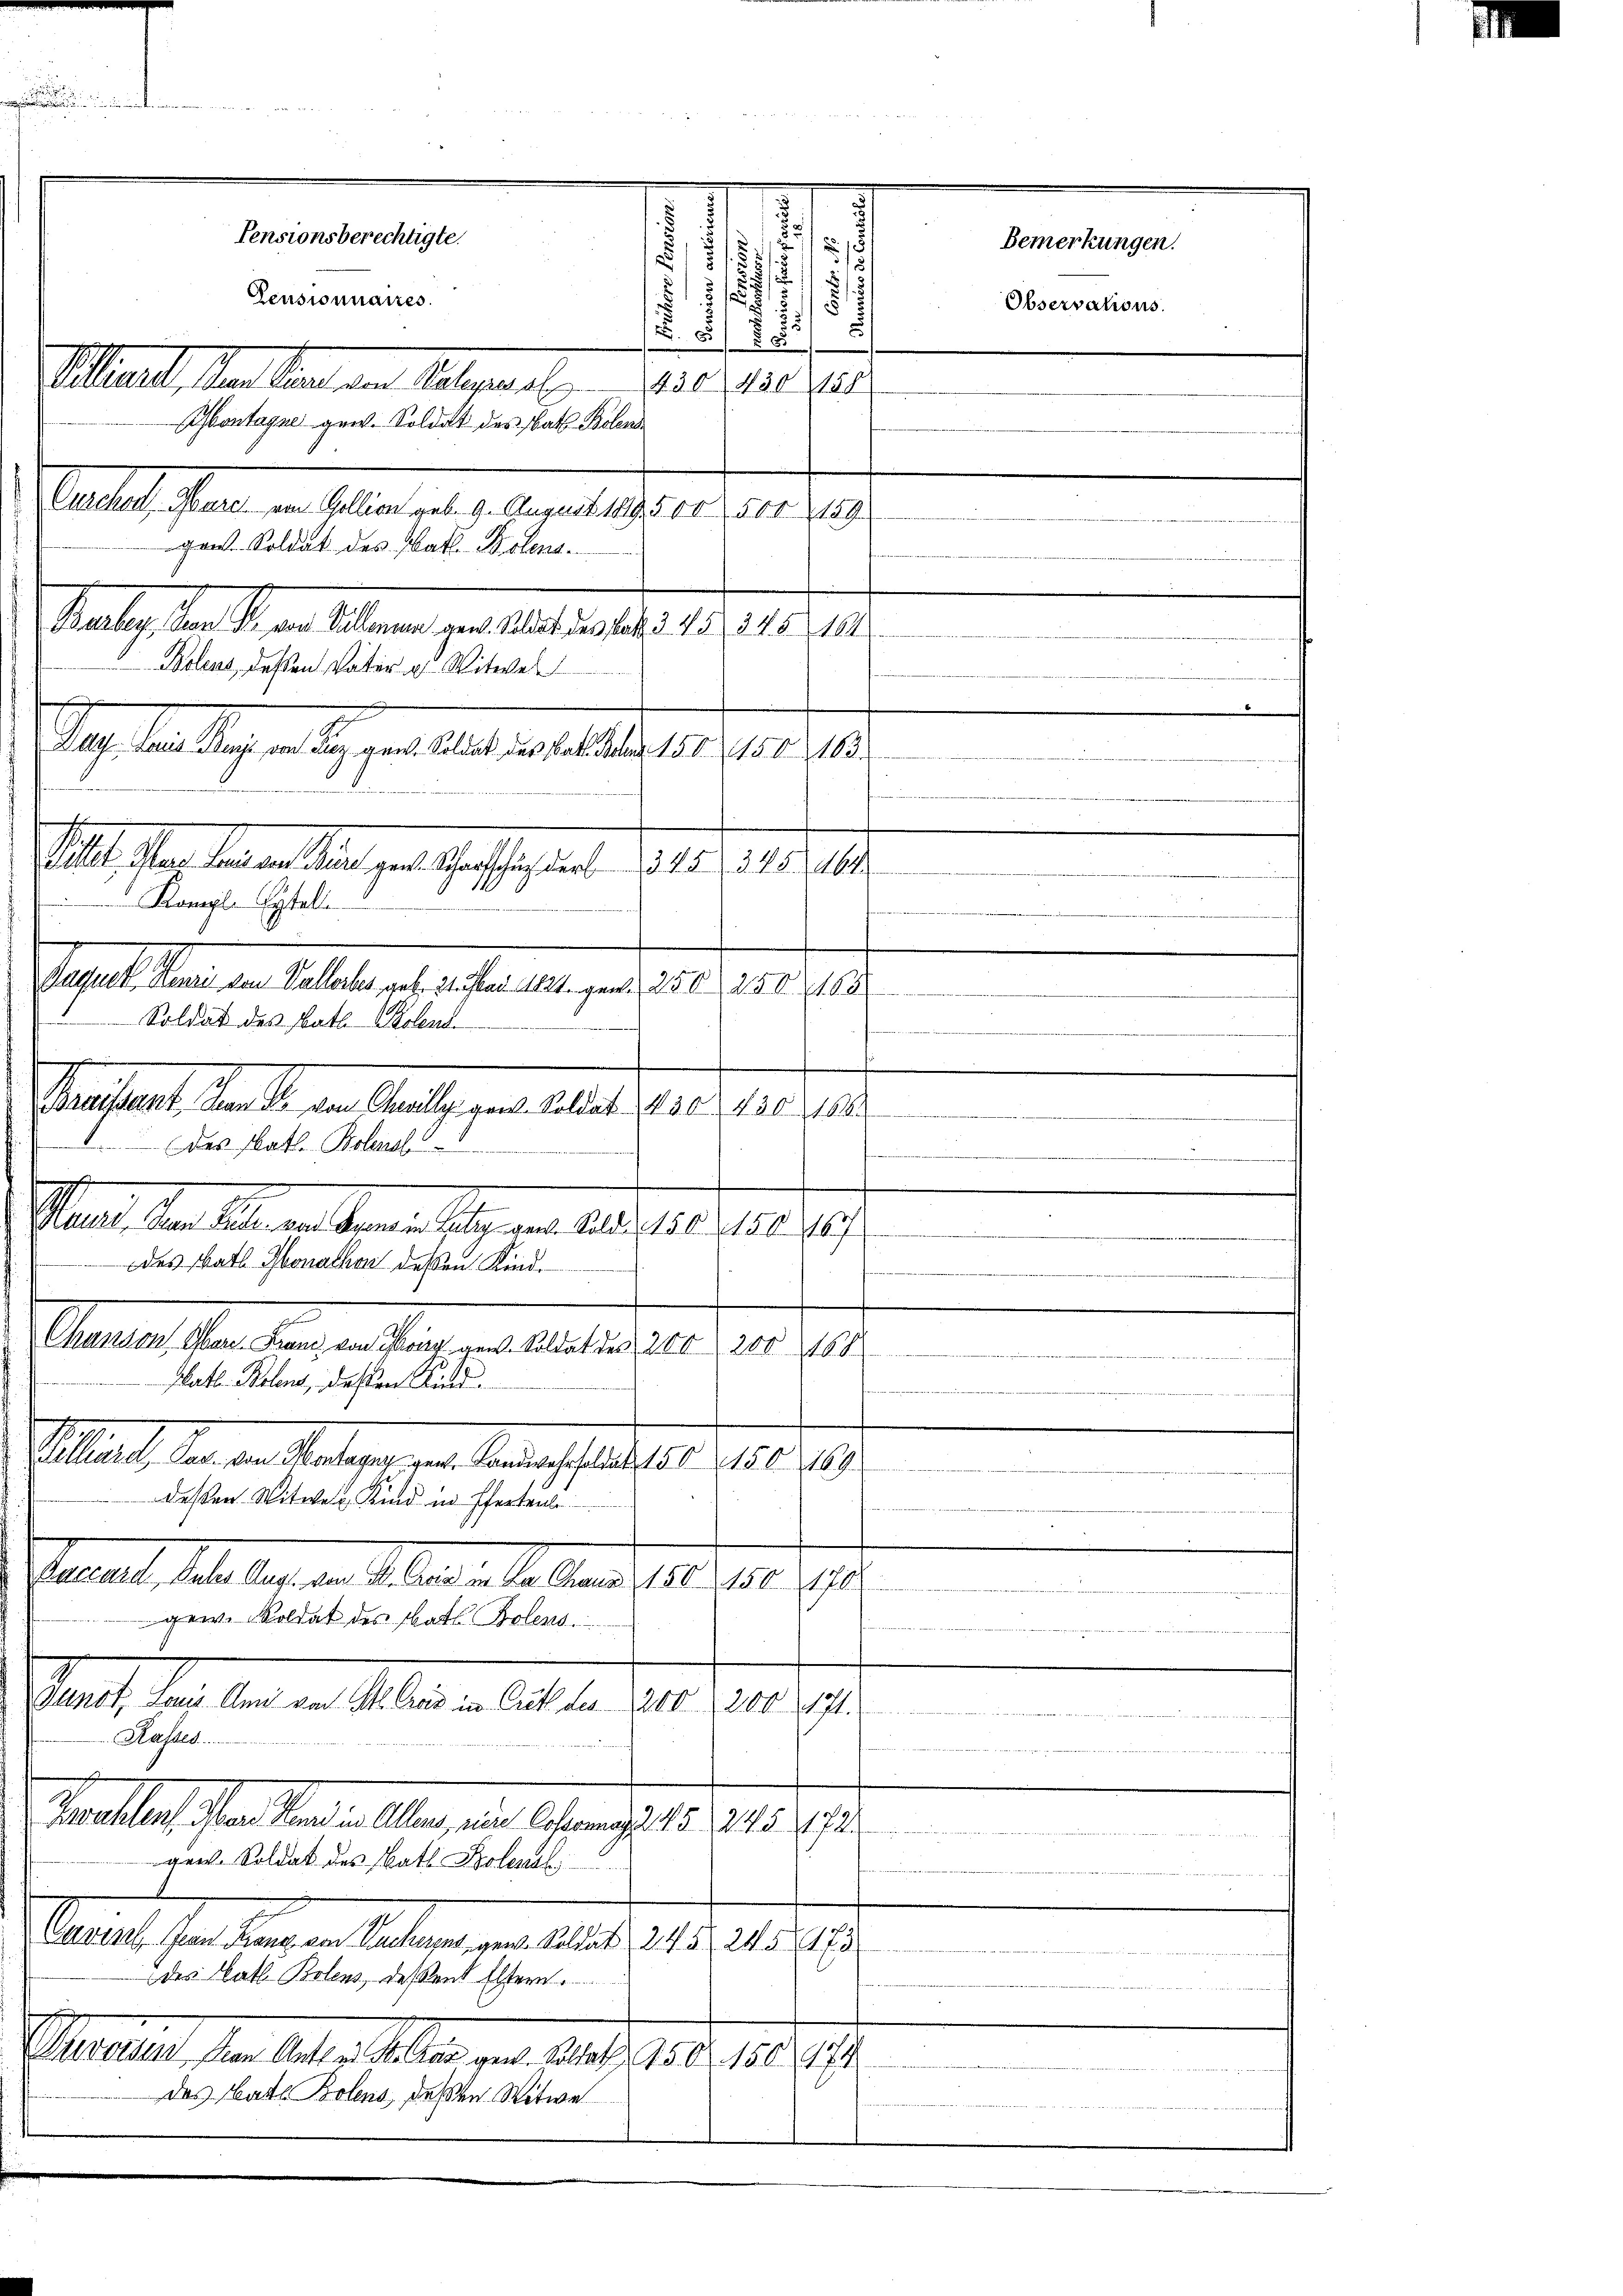
5
¬
.
u
1
718
i
s
15
.
5
1
N. 8 805
Mietet, den an den Alterart es sie der
ontagne gew. Soldat des Rath Bolens
Curchalt. Gare am Gellion geb. 9. August 1895 00. 500 189
gen. Soldat des Kath. Botens¬
Burley den S. von Willenen den Rede des hat 21. 45, 245. 102
Bolens, dessen Vater u Witwe
Day Laut Bei von Piz gew. Soldat des Bat. Feb 150150103
Passel, Sei den Vallerher geb. 21. ad 11. gene 250 20 2103
Kraissant an die von Challes gant. Soldat 250. 430. 2166.
Das Math. Bolend
v
e
.
.
f
Maunt, den Fall und Segenden July gen. Solde 150. 156. 167
.
 des Rath Jonathan dessen Kind.
 fa
Chanson Obern. Franz von Poisz gew. Soldat des 200

Rath Bolenz, deßen Kind
Sillach, den den Anlages der Mannes selbe aber 1810. 1919.
e
deßen Witwe Kind in Pfertenle
m
Saal, Metalle a. a. a. a. a. Aber 1810. 10. 1910.
un
em. Soldat des Statte Polens
Danot, dem Ann von M. Graz in Gut des 2200. 200471.
natur in des 2te 32 vernen. Denn in der das den Baute
Rasses.
e
Sprachtens der Stand in Allens, eine Copermag d. 15, 245 (172

gen. Soldat des Rath Boles
Cavist. Bern Rang von Ruchens, gen. Soldat 245, 24 § 173
des Catl. Bolens, deßend Eltern.
Baselben, die Alter allen der Aufl. 1. d. 180. 19.
das Mate Bolens, deßen Witwe

Alle an der allen gut heftigsten
Komylyteli

n
Pensionsberechtigte.
Pensionnaires.

Soldat des Rath. Solen

5

345. 348. 464

Bemerkungen.
Observations.

1

e

s